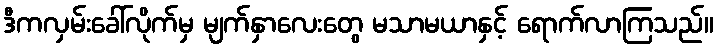
ဒီကလှမ်းခေါ်လိုက်မှ မျက်နှာလေးတွေ မသာမယာနှင့် ရောက်လာကြသည်။